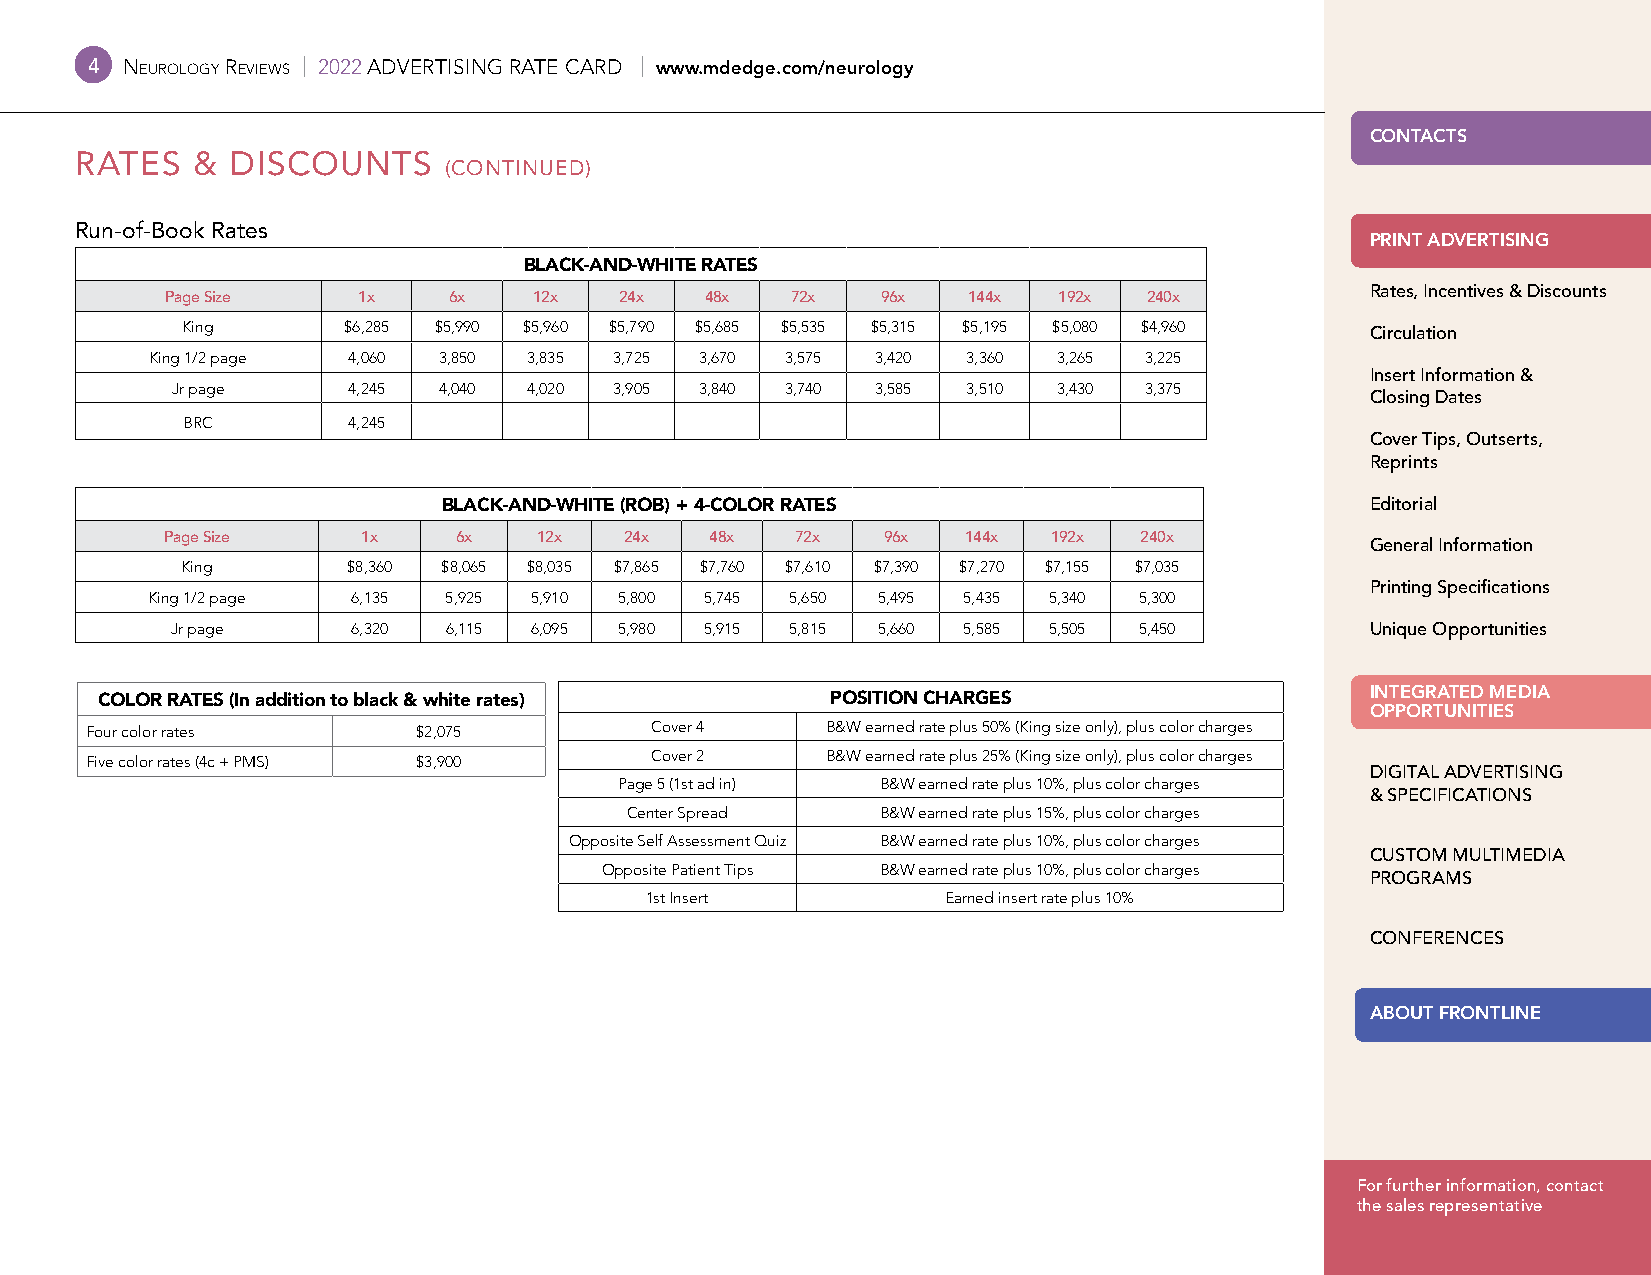
4 Neurology reviews | 2022 ADVERTISING RATE CARD | www.mdedge.com/neurology
 CONTACTS
 RATES   & DISCOUNTS
 (CONTINUED)
 Run-of-Book Rates
 PRINT ADVERTISING
 BLACK-AND-WHITE RATES
 Rates, Incentives & Discounts
 Page Size    1x    6x   12x   24x   48x  72x   96x   144x  192x  240x
 King       $6,285 $5,990 $5,960 $5,790 $5,685 $5,535 $5,315 $5,195 $5,080 $4,960 Circulation
 King 1/2 page 4,060 3,850 3,835 3,725 3,670 3,575 3,420 3,360 3,265 3,225
 Insert Information &
 Jr page     4,245 4,040 4,020 3,905 3,840 3,740 3,585 3,510 3,430 3,375
 Closing Dates
 BRC        4,245
 Cover Tips, Outserts,
 Reprints
 BLACK-AND-WHITE (ROB) + 4-COLOR RATES                         Editorial
 Page Size    1x    6x    12x  24x   48x   72x  96x   144x  192x 240x
 General Information
 King       $8,360 $8,065 $8,035 $7,865 $7,760 $7,610 $7,390 $7,270 $7,155 $7,035
 Printing Specifications
 King 1/2 page 6,135 5,925 5,910 5,800 5,745 5,650 5,495 5,435 5,340 5,300
 Jr page     6,320 6,115 6,095 5,980 5,915 5,815 5,660 5,585 5,505 5,450         Unique Opportunities
 COLOR RATES (In addition to black & white rates) POSITION CHARGES                    INTEGRATED MEDIA
 OPPORTUNITIES
 Four color rates      $2,075         Cover 4     B&W earned rate plus 50% (King size only), plus color charges
 Cover 2     B&W earned rate plus 25% (King size only), plus color charges
 Five color rates (4c + PMS) $3,900
 DIGITAL ADVERTISING
 Page 5 (1st ad in) B&W earned rate plus 10%, plus color charges
 & SPECIFICATIONS
 Center Spread    B&W earned rate plus 15%, plus color charges
 Opposite Self Assessment Quiz B&W earned rate plus 10%, plus color charges
 CUSTOM MULTIMEDIA
 Opposite Patient Tips B&W earned rate plus 10%, plus color charges
 PROGRAMS
 1st Insert          Earned insert rate plus 10%
 CONFERENCES
 ABOUT FRONTLINE
 For further information, contact
 the sales representative